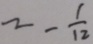
= - \frac { 1 } { 1 2 }